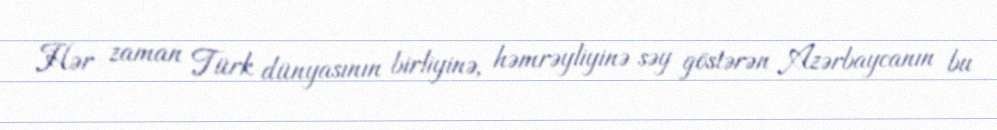
Hər zaman Türk dünyasının birliyinə, həmrəyliyinə səy göstərən Azərbaycanın bu